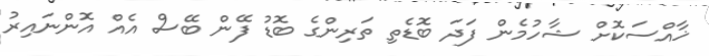
ޚާއްސަކޮށް ޝާހުމެން ފަދަ ބޮޑެތި ތަރިންގެ ބޮޑު ފޭން ބޭސް އެއް އޮންނައިރު